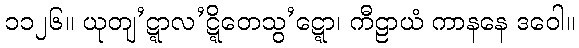
၁၁၂၆။ ယုတျ’ဋ္ဋာလ’ဋ္ဋိတေသွ’ဋ္ဋော၊ ကီဠာယံ ကာနနေ ဒဝေါ။